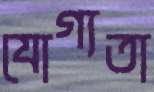
যোগ্যতা